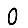
Digit: 0